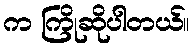
က ကြိုဆိုပါတယ်။